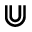
\Cup